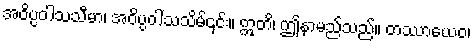
အဝိပ္ပဝါသသီမာ၊ အဝိပ္ပဝါသသိမ်၎င်း။ ဣတိ၊ ဤနာမည်သည်။ တဿာယေဝ၊